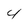
Character: 4